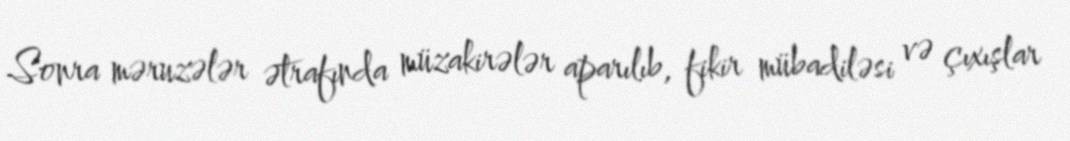
Sonra məruzələr ətrafında müzakirələr aparılıb, fikir mübadiləsi və çıxışlar